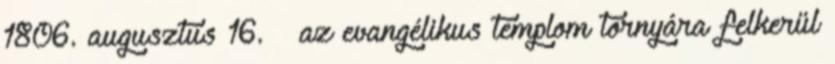
1806. augusztus 16. – az evangélikus templom tornyára felkerül